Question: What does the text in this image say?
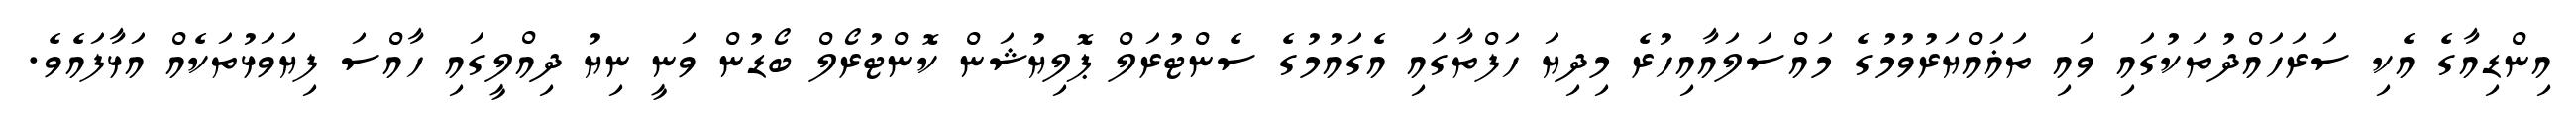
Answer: އިންޑިއާގެ އެކި ސަރަހައްދުތަކުގައި ވައި ތަޣައްޔަރުވުމުގެ މައްސަލައާއިހުރެ މިދިޔަ ހަފްތާގައި އެގައުމުގެ ސެންޓުރަލް ޕޮލިޔުޝަން ކޮންޓުރޯލް ބޯޑުން ވަނީ ނިޔު ދިއްލީގައި ހާއްސަ ފިޔަވަޅުތަކެއް އަޅާފައެވެ.